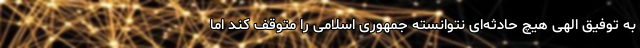
به توفیق الهی هیچ حادثه‌ای نتوانسته جمهوری اسلامی را متوقف کند اما